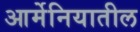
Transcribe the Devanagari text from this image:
आर्मेनियातील